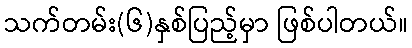
သက်တမ်း(၆)နှစ်ပြည့်မှာ ဖြစ်ပါတယ်။